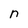
Character: n